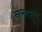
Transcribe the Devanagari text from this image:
नरूटो